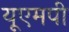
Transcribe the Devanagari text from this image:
यूएमपी